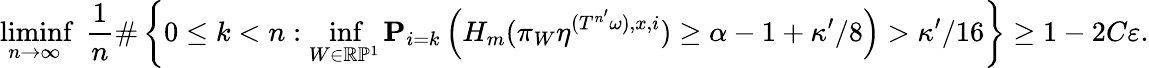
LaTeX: \operatorname*{liminf}_{n\to\infty}\ \frac{1}{n}\# \left\{ 0\leq k<n:\operatorname*{inf}_{W\in\mathbb R\mathbb P^{1}}\mathbf P_{i=k}\left(H_{m}(\pi_{W}\eta^{(T^{n^{\prime}}\omega),x,i})\geq\alpha-1+\kappa^{\prime}/8\right)>\kappa^{\prime}/16\right\} \geq 1-2C\varepsilon.